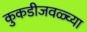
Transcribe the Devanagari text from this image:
कुकडीजवळ्च्या